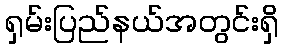
ရှမ်းပြည်နယ်အတွင်းရှိ